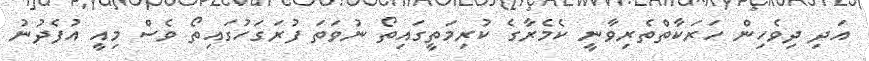
އަދި ދިވެހިން ހަރަކާތްތެރިވާނީ ކެމެރާގެ ކުރިމަތީގައިތޯ ނުވަތަ ފުރަގަހުގައިތޯ ވެސް މިއީ އުފެދުުނު